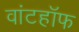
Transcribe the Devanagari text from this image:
वांटहॉफ